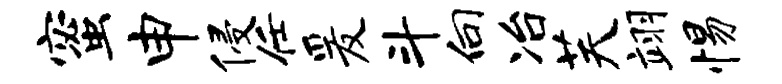
蜜申侵任爰斗向冶芙翊惕